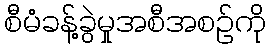
စီမံခန့်ခွဲမှုအစီအစဉ်ကို